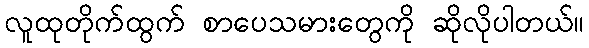
လူထုတိုက်ထွက် စာပေသမားတွေကို ဆိုလိုပါတယ်။